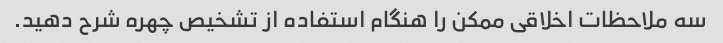
سه ملاحظات اخلاقی ممکن را هنگام استفاده از تشخیص چهره شرح دهید.